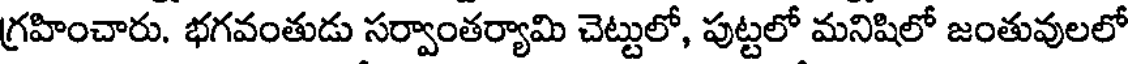
గ్రహించారు. భగవంతుడు సర్వాంతర్యామి చెట్టులో, పుట్టలో మనిషిలో జంతువులలో